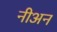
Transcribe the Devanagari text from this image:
नीअन